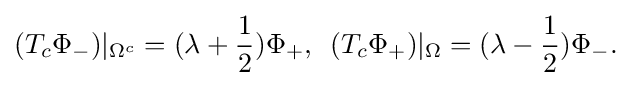
\displaystyle {(T_{c}\Phi _{-})|_{\Omega ^{c}}=(\lambda +{1 \over 2})\Phi _{+},\,\,\,(T_{c}\Phi _{+})|_{\Omega }=(\lambda -{1 \over 2})\Phi _{-}.}